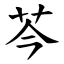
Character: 芩